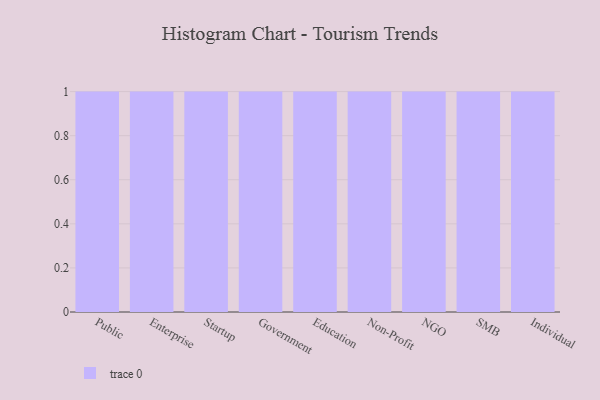
{"axis": {"x": "Segment", "y": "Page Views"}, "legend": [""], "data": [{"x": "Public", "y": 7, "type": ""}, {"x": "Enterprise", "y": 30, "type": ""}, {"x": "Startup", "y": 89, "type": ""}, {"x": "Government", "y": 64, "type": ""}, {"x": "Education", "y": 31, "type": ""}, {"x": "Non-Profit", "y": 48, "type": ""}, {"x": "NGO", "y": 78, "type": ""}, {"x": "SMB", "y": 34, "type": ""}, {"x": "Individual", "y": 52, "type": ""}]}